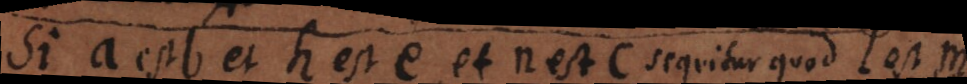
Si a est b et h est e, et n est c sequitur quod l est